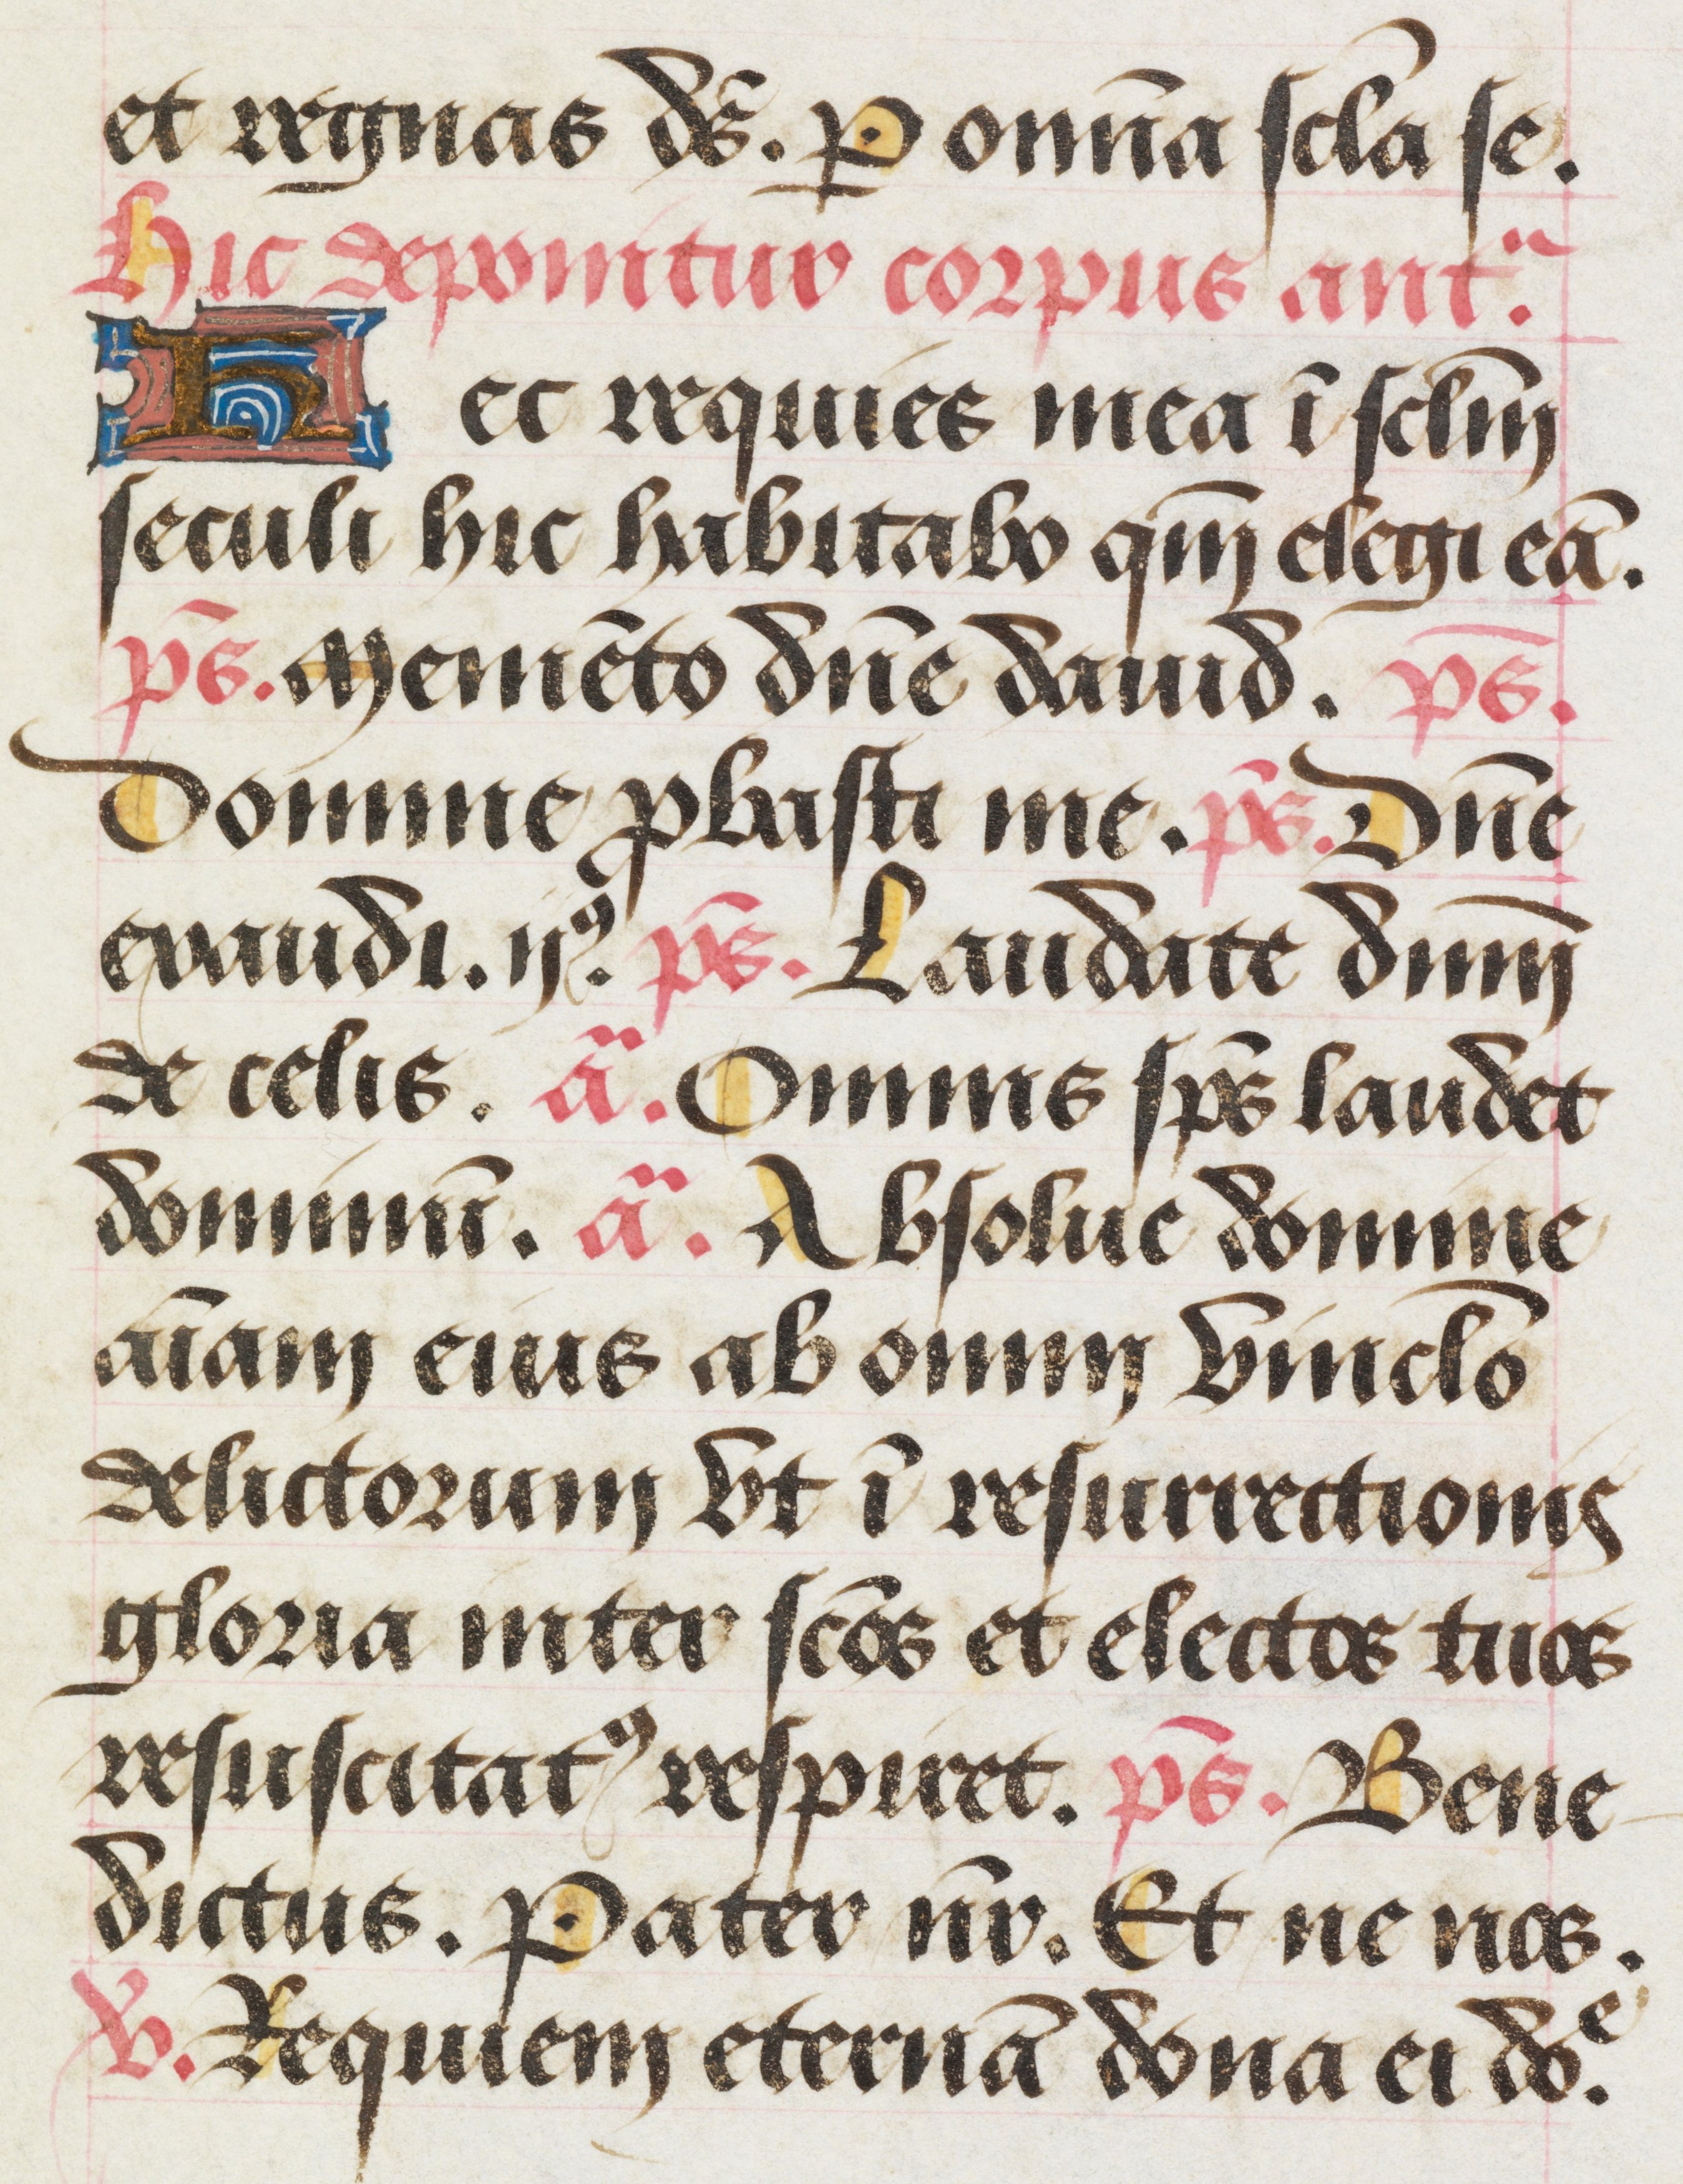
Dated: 1463–1498